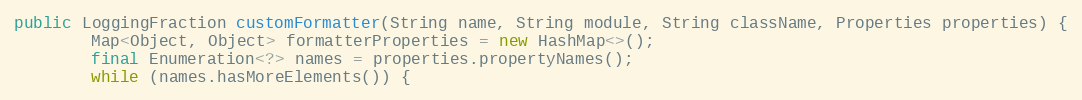
Language: Java
public LoggingFraction customFormatter(String name, String module, String className, Properties properties) {
        Map<Object, Object> formatterProperties = new HashMap<>();
        final Enumeration<?> names = properties.propertyNames();
        while (names.hasMoreElements()) {